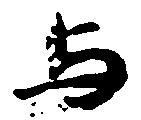
与